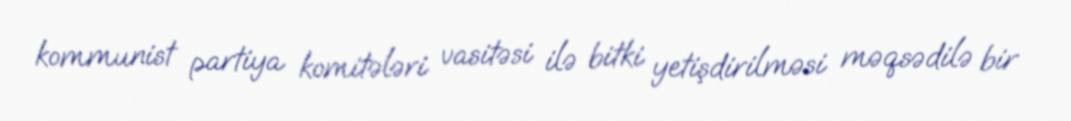
kommunist partiya komitələri vasitəsi ilə bitki yetişdirilməsi məqsədilə bir